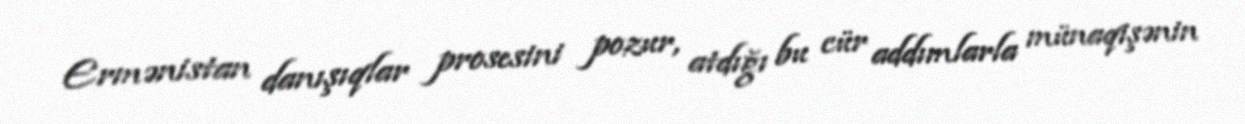
Ermənistan danışıqlar prosesini pozur, atdığı bu cür addımlarla münaqişənin